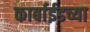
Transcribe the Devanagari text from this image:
कार्बाईडच्या